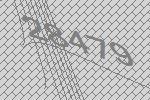
28479